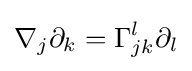
\nabla _{j}\partial _{k}=\Gamma _{jk}^{l}\partial _{l}